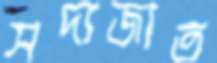
সদ্যজাত